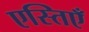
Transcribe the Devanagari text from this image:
एस्तिएँ